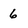
Character: 6